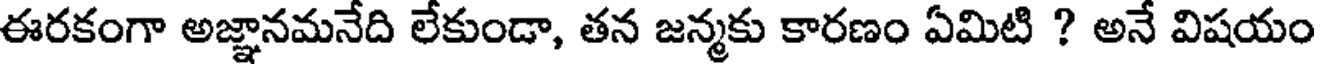
ఈరకంగా అజ్ఞానమనేది లేకుండా, తన జన్మకు కారణం ఏమిటి ? అనే విషయం